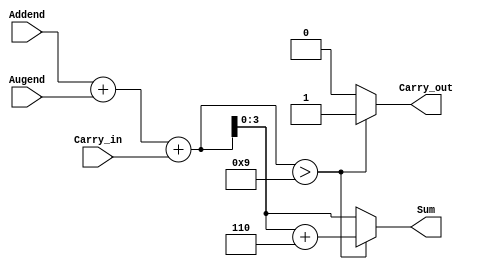
module BCD_Adder ( Addend, Augend, Carry_in, Sum, Carry_out );

parameter N = 4;

input [N-1:0] Addend, Augend;
input Carry_in;
output reg [N-1:0] Sum;
output reg Carry_out;
reg [N+1:0] temp;

always @ ( Addend | Augend | Carry_in )
begin
temp = Addend + Augend + Carry_in;

if (temp > 4'b1001)
begin
temp = temp+4'b0110;
Carry_out = 1'b1;
Sum = temp [N-1:0];
end

else 
begin
Carry_out = 1'b0;
Sum = temp[N-1:0];
end

end

endmodule